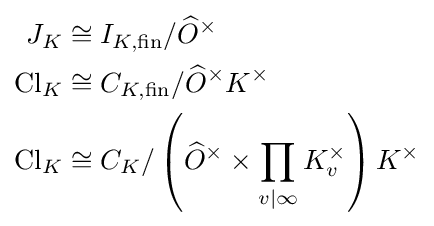
{\begin{aligned}J_{K}&\cong I_{K,{\text{fin}}}/{\widehat {O}}^{\times }\\\operatorname {Cl} _{K}&\cong C_{K,{\text{fin}}}/{\widehat {O}}^{\times }K^{\times }\\\operatorname {Cl} _{K}&\cong C_{K}/\left({\widehat {O}}^{\times }\times \prod _{v|\infty }K_{v}^{\times }\right)K^{\times }\end{aligned}}